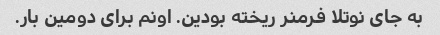
به جای نوتلا فرمنر ریخته بودین. اونم برای دومین بار.